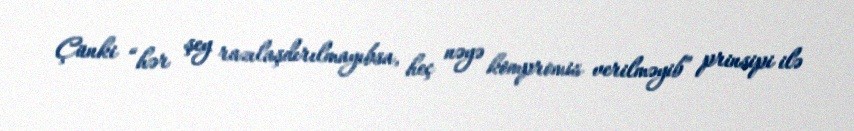
Çünki “hər şey razılaşdırılmayıbsa, heç nəyə kompromis verilməyib” prinsipi ilə